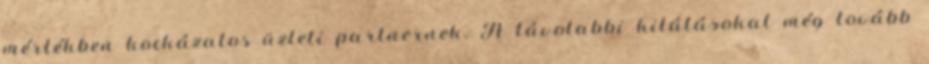
mértékben kockázatos üzleti partnernek. A távolabbi kilátásokat még tovább